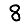
Digit: 8